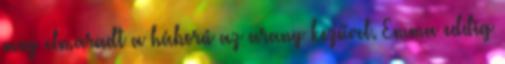
meg elmaradt a háború az arany kezűvel. Emma eddig